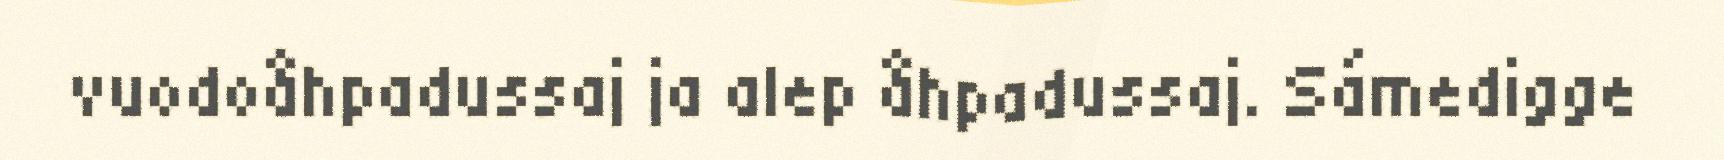
vuodoåhpadussaj ja alep åhpadussaj. Sámedigge